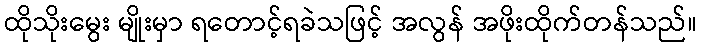
ထိုသိုးမွေး မျိုးမှာ ရတောင့်ရခဲသဖြင့် အလွန် အဖိုးထိုက်တန်သည်။